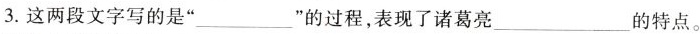
3.这两段文字写的是” ___”的过程，表现了诸葛亮___的特点。